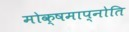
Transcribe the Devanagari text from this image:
मोक्षमाप्नोति